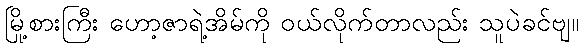
မြို့စားကြီး ဟော့ဇာရဲ့အိမ်ကို ဝယ်လိုက်တာလည်း သူပဲခင်ဗျ။